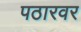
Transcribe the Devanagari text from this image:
पठारवर